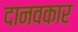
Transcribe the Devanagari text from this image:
दानवकार